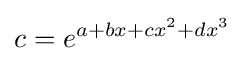
c=e^{a+bx+cx^{2}+dx^{3}}